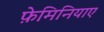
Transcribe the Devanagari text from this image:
फ़ेमिनियाए